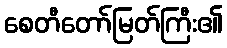
စေတီတော်မြတ်ကြီး၏